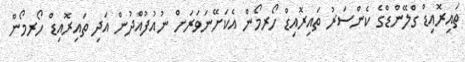
ތައިރޮއިޑް ގްލޭންޑްގެ ކެންސަރު ތައިރޮއިޑް ހޯރމޯން އެކަށޭނަވަރަށް ނުއުފުއްދުން އަދި ތައިރޮއިޑް ހޯރމޯން